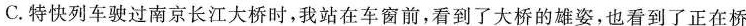
C.特快列车驶过南京长江大桥时，我站在车窗前，看到了大桥的雄姿，也看到了正在桥